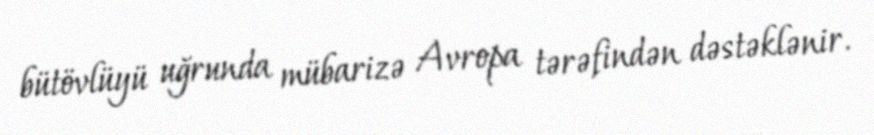
bütövlüyü uğrunda mübarizə Avropa tərəfindən dəstəklənir.